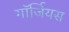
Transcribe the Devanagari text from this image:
गॉर्जियस